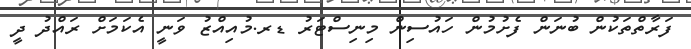
ފަރާތްތަކުން ބުނަން ފެށުމުން ހައުސިން މިނިސްޓަރު ޑރ.މުއިއްޒު ވަނީ އެކަމަށް ރައްދު ދީ